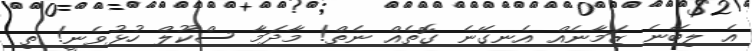
އެ ލިބޭނެ ޒަމާނެއް އެނގޭނެ ގޮތެއް ނެތް! މާދަމާ ސްކޫލް ހުޅުވެނީ! ތި